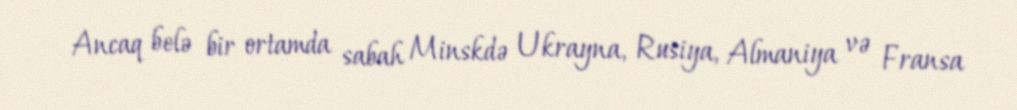
Ancaq belə bir ortamda sabah Minskdə Ukrayna, Rusiya, Almaniya və Fransa